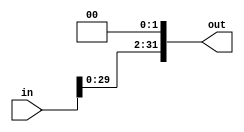
module shifter #(parameter WIDTH = 32, parameter SHIFT = 2) (
    input   [WIDTH-1:0]     in,
    output  [WIDTH-1:0]     out                     );
    
    assign out = in << SHIFT;
 
 endmodule